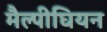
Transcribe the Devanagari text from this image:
मैल्पीघियन